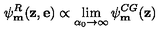
\psi _ { \bf m } ^ { R } ( { \bf z } , { \bf e } ) \propto \lim _ { \alpha _ { 0 } \rightarrow \infty } \psi _ { \bf m } ^ { C G } ( { \bf z } )